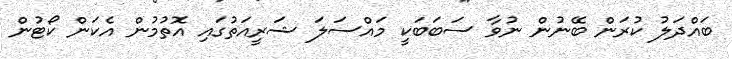
ބައްދަލު ކުރަން ބޭނުން ނުވާ ސަބަބަކީ މައްސަލަ ޝަރީއަތުގައި އޮތުމުން އެކަން ކޯޓުން